Annual administration and progress report of the Indian Medical Department, Bombay
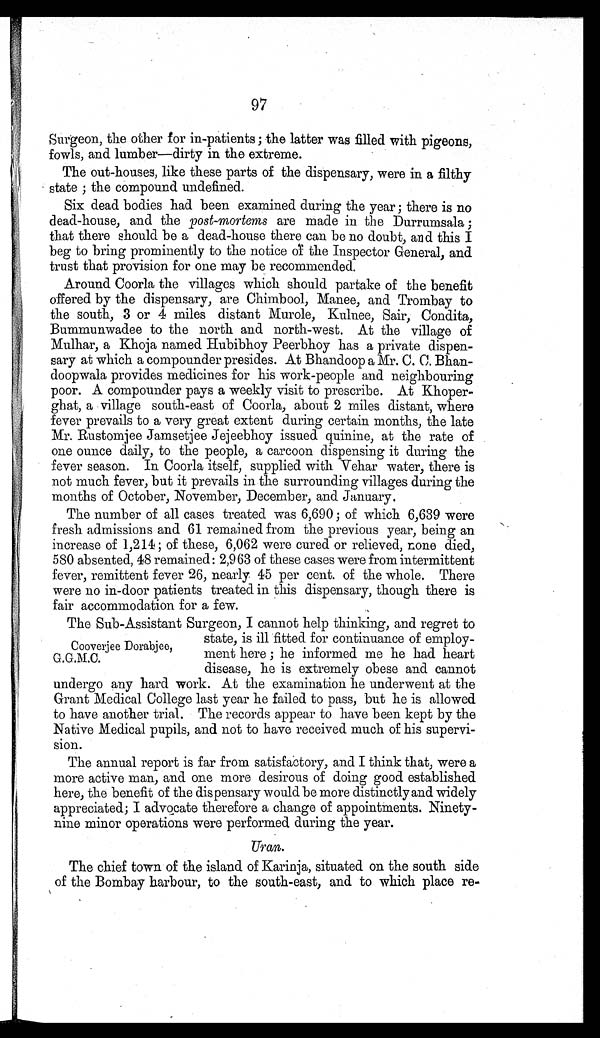
97
Surgeon, the other for in-patients ; the latter was filled with pigeons,
fowls, and lumber—dirty in the extreme.
The out-houses, like these parts of the dispensary, were in a filthy
state ; the compound undefined.
Six dead bodies had been examined during the year ; there is no
dead-house, and the post-mortems are made in the Durrumsala ;
that there should be a dead-house there can be no doubt, and this I
beg to bring prominently to the notice of the Inspector General, and
trust that provision for one may be recommended.
Around Coorla the villages which should partake of the benefit
offered by the dispensary, are Chimbool, Manee, and Trombay to
the south, 3 or 4 miles distant Murole, Kulnee, Sair, Condita,
Bummunwadee to the north and north-west. At the village of
Mulhar, a Khoja named Hubibhoy Peerbhoy has a private dispen-
sary at which a compounder presides. At Bhandoop a Mr. C. C. Bhan-
doopwala provides medicines for his work-people and neighbouring
poor. A compounder pays a weekly visit to prescribe. At Khoper-
ghat, a village south-east of Coorla, about 2 miles distant, where
fever prevails to a very great extent during certain months, the late
Mr. Rustomjee Jamsetjee Jejeebhoy issued quinine, at the rate of
one ounce daily, to the people, a carcoon dispensing it during the
fever season. In Coorla itself, supplied with Vehar water, there is
not much fever, but it prevails in the surrounding villages during the
months of October, November, December, and January.
The number of all cases treated was 6,690 ; of which 6,639 were
fresh admissions and 61 remained from the previous year, being an
increase of 1,214 ; of these, 6,062 were cured or relieved, none died,
580 absented, 48 remained: 2,963 of these cases were from intermittent
fever, remittent fever 26, nearly 45 per cent. of the whole. There
were no in-door patients treated in this dispensary, though there is
fair accommodation for a few.
The Sub-Assistant Surgeon, I cannot help thinking, and regret to
Cooverjee Dorabjee,
G.G.M.C.
state, is ill fitted for continuance of employ-
ment here ; he informed me he had heart
disease, he is extremely obese and cannot
undergo any hard work. At the examination he underwent at the
Grant Medical College last year he failed to pass, but he is allowed
to have another trial. The records appear to have been kept by the
Native Medical pupils, and not to have received much of his supervi-
sion.
The annual report is far from satisfactory, and I think that, were a
more active man, and one more desirous of doing good established
here, the benefit of the dispensary would be more distinctly and widely
appreciated; I advocate therefore a change of appointments. Ninety-
nine minor operations were performed during the year.
Uran.
The chief town of the island of Karinja, situated on the south side
of the Bombay harbour, to the south-east, and to which place re-